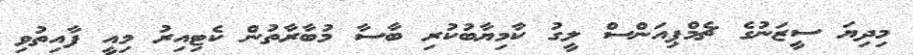
މިދިޔަ ސީޒަނުގެ ޗެމްޕިއަންސް ލީގު ކާމިޔާބުކުރި ބާސާ މުބާރާތުން ކެޓިއިރު މިއީ ފާއިތުވި